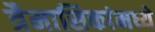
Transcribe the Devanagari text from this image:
त्रैमासिकांमध्ये